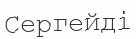
Сергейді